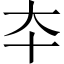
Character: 夲